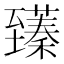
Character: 𫇑